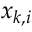
x _ { k , i }